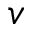
v